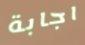
اجابة